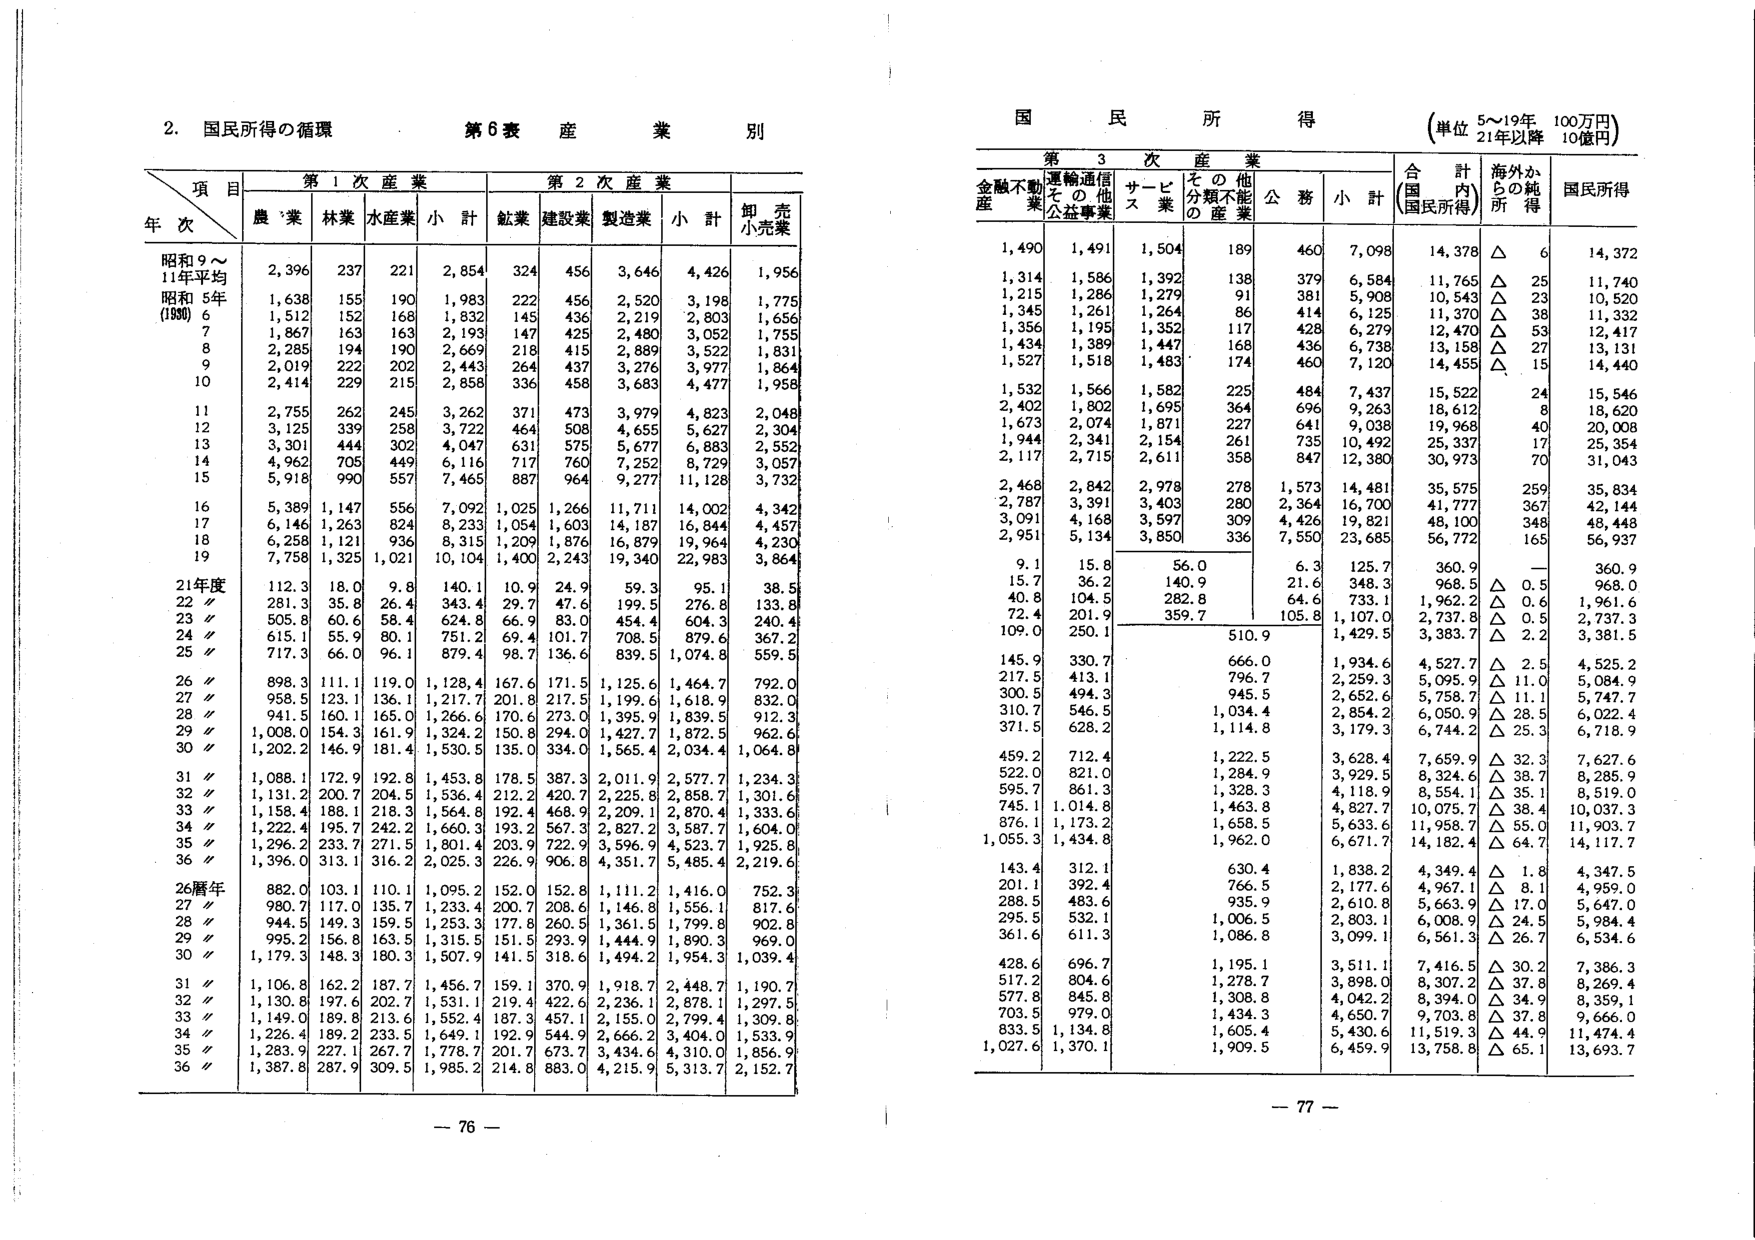
2. 国民所得の循環

第6表 産業別

項目
年次
第1次産業
第2次産業
卸売小売業
農業
林業
水産業
小計
鉱業
建設業
製造業
小計

昭和9～11年平均
2,396
237
221
2,854
324
456
3,646
4,426
1,956

昭和5年(1930)
1,638
155
190
1,983
222
456
2,520
3,198
1,775

6
1,512
152
168
1,832
145
436
2,219
3,803
1,656

7
1,867
163
163
2,193
147
425
2,480
3,052
1,755

8
2,285
194
190
2,669
218
415
2,889
3,522
1,831

9
2,019
222
202
2,443
264
437
3,276
3,977
1,864

10
2,414
229
215
2,858
336
458
3,683
4,477
1,958

11
2,755
262
245
3,262
371
473
3,979
4,823
2,048

12
3,125
339
258
3,722
464
508
4,655
5,627
2,304

13
3,301
444
302
4,047
631
575
5,677
6,883
2,552

14
4,962
705
449
6,116
717
760
7,252
8,729
3,057

15
5,918
990
557
7,465
887
964
9,277
11,128
3,732

16
5,389
1,147
556
7,092
1,025
1,266
11,711
14,002
4,342

17
6,146
1,263
824
8,233
1,054
1,603
14,187
16,844
4,457

18
6,258
1,121
936
8,315
1,209
1,876
16,879
19,964
4,230

19
7,758
1,325
1,021
10,104
1,400
2,243
19,340
22,983
3,864

21年度
112.3
18.0
9.8
140.1
10.9
24.9
59.3
95.1
38.5

22〃
281.3
35.8
26.4
343.4
29.7
47.6
199.5
276.8
133.8

23〃
505.8
60.6
58.4
624.8
66.9
83.0
454.4
604.3
240.4

24〃
615.1
55.9
80.1
751.2
69.4
101.7
708.5
879.6
367.2

25〃
717.3
66.0
96.1
879.4
98.7
136.6
839.5
1,074.8
559.5

26〃
898.3
111.1
119.0
1,128.4
167.6
171.5
1,125.6
1,464.7
792.0

27〃
958.5
123.1
136.1
1,217.7
201.8
217.5
1,199.6
1,618.9
832.0

28〃
941.5
160.1
165.0
1,266.6
170.6
273.0
1,395.9
1,839.5
912.3

29〃
1,008.0
154.3
161.9
1,324.2
150.8
294.0
1,427.7
1,872.5
962.6

30〃
1,202.2
146.9
181.4
1,530.5
135.0
334.0
1,565.4
2,034.4
1,064.8

31〃
1,088.1
172.9
192.8
1,453.8
178.5
387.3
2,011.9
2,577.7
1,234.3

32〃
1,131.2
200.7
204.5
1,536.4
212.2
420.7
2,225.8
2,858.7
1,301.6

33〃
1,158.4
188.1
218.3
1,564.8
192.4
468.9
2,209.1
2,870.4
1,333.6

34〃
1,222.4
195.7
242.2
1,660.3
193.2
567.3
2,827.2
3,587.7
1,604.0

35〃
1,296.2
233.7
271.5
1,801.4
203.9
722.9
3,596.9
4,523.7
1,925.8

36〃
1,396.0
313.1
316.2
2,025.3
226.9
906.8
4,351.7
5,485.4
2,219.6

26暦年
882.0
103.1
110.1
1,095.2
152.0
152.8
1,111.2
1,416.0
752.3

27〃
980.7
117.0
135.7
1,233.4
200.7
208.6
1,146.8
1,556.1
817.6

28〃
944.5
149.3
159.5
1,253.3
177.8
260.5
1,361.5
1,799.8
902.8

29〃
995.2
156.8
163.5
1,315.5
151.5
293.9
1,444.9
1,890.3
969.0

30〃
1,179.3
148.3
180.3
1,507.9
141.5
318.6
1,494.2
1,954.3
1,039.4

31〃
1,106.8
162.2
187.7
1,456.7
159.1
370.9
1,918.7
2,448.7
1,190.7

32〃
1,130.8
197.6
202.7
1,531.1
219.4
422.6
2,236.1
2,878.1
1,297.5

33〃
1,149.0
189.8
213.6
1,552.4
187.3
457.1
2,155.0
2,799.4
1,309.8

34〃
1,226.4
189.2
233.5
1,649.1
192.9
544.9
2,666.2
3,404.0
1,533.9

35〃
1,283.9
227.1
267.7
1,778.7
201.7
673.7
3,434.6
4,310.0
1,856.9

36〃
1,387.8
287.9
309.5
1,985.2
214.8
883.0
4,215.9
5,313.7
2,152.7

国民所得
(単位 5～19年 100万円)
21年以降 10億円

第3次産業
金融不動産
運輸通信その他
サービス業
その他分類不能産業
公務
小計
合計(国民所得)
計内
海外からの純所得
国民所得

1,490
1,491
1,504
189
460
7,098
14,378
△
6
14,372

1,314
1,586
1,392
138
379
6,584
11,765
△
25
11,740

1,215
1,286
1,279
91
381
5,908
10,543
△
23
10,520

1,345
1,261
1,264
86
414
6,125
11,370
△
38
11,332

1,356
1,195
1,352
117
428
6,279
12,470
△
53
12,417

1,434
1,389
1,447
168
436
6,738
13,158
△
27
13,131

1,527
1,518
1,483
174
460
7,120
14,455
△
15
14,440

1,532
1,566
1,582
225
484
7,437
15,522
24
15,546

2,402
1,802
1,695
364
696
9,263
18,612
8
18,620

1,673
2,074
1,871
227
641
9,038
19,968
40
20,008

1,944
2,341
2,154
261
735
10,492
25,337
17
25,354

2,117
2,715
2,611
358
847
12,380
30,973
70
31,043

2,468
2,842
2,978
278
1,573
14,481
35,575
259
35,834

2,787
3,391
3,403
280
2,364
16,700
41,777
367
42,144

3,091
4,168
3,597
309
4,426
19,821
48,100
348
48,448

2,951
5,134
3,850
336
7,550
23,685
56,772
165
56,937

9.1
15.8
56.0
6.3
125.7
360.9
—
360.9

15.7
36.2
140.9
21.6
348.3
968.5
△
0.5
968.0

40.8
104.5
282.8
64.6
733.1
1,962.2
△
0.6
1,961.6

72.4
201.9
359.7
105.8
1,107.0
2,737.8
△
0.5
2,737.3

109.0
250.1
510.9
1,429.5
3,383.7
△
2.2
3,381.5

145.9
330.7
666.0
1,934.6
4,527.7
△
2.5
4,525.2

217.5
413.1
796.7
2,259.3
5,095.9
△
11.0
5,084.9

300.5
494.3
945.5
2,652.6
5,758.7
△
11.1
5,747.7

310.7
546.5
1,034.4
2,854.2
6,050.9
△
28.5
6,022.4

371.5
628.2
1,114.8
3,179.3
6,744.2
△
25.3
6,718.9

459.2
712.4
1,222.5
3,628.4
7,659.9
△
32.3
7,627.6

522.0
821.0
1,284.9
3,929.5
8,324.6
△
38.7
8,285.9

595.7
861.3
1,328.3
4,118.9
8,554.1
△
35.1
8,519.0

745.1
1,014.8
1,463.8
4,827.7
10,075.7
△
38.4
10,037.3

876.1
1,173.2
1,658.5
5,633.6
11,958.7
△
55.0
11,903.7

1,055.3
1,434.8
1,962.0
6,671.7
14,182.4
△
64.7
14,117.7

143.4
312.1
630.4
1,838.2
4,349.4
△
1.8
4,347.5

201.1
392.4
766.5
2,177.6
4,967.1
△
8.1
4,959.0

288.5
483.6
935.9
2,610.8
5,663.9
△
17.0
5,647.0

295.5
532.1
1,006.5
2,803.1
6,008.9
△
24.5
5,984.4

361.6
611.3
1,086.8
3,099.1
6,561.3
△
26.7
6,534.6

428.6
696.7
1,195.1
3,511.1
7,416.5
△
30.2
7,386.3

517.2
804.6
1,278.7
3,898.0
8,307.2
△
37.8
8,269.4

577.8
845.8
1,308.8
4,042.2
8,394.0
△
34.9
8,359.1

703.5
979.0
1,434.3
4,650.7
9,703.8
△
37.8
9,666.0

833.5
1,134.8
1,605.4
5,430.6
11,519.3
△
44.9
11,474.4

1,027.6
1,370.1
1,909.5
6,459.9
13,758.8
△
65.1
13,693.7

— 76 —
— 77 —